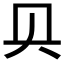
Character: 𰋙